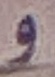
و